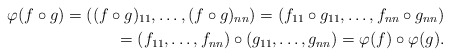
\begin{align*}\varphi (f\circ g) =((f\circ g)_{11},\ldots,(f\circ g)_{nn}) =(f_{11}\circ g_{11},\ldots,f_{nn}\circ g_{nn}) \\ =(f_{11},\ldots,f_{nn})\circ (g_{11},\ldots,g_{nn}) =\varphi (f)\circ \varphi (g).\end{align*}